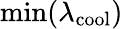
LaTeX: \operatorname*{min}(\lambda_{\mathrm{cool}})